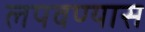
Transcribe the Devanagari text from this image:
लपवण्यास